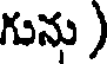
గును )